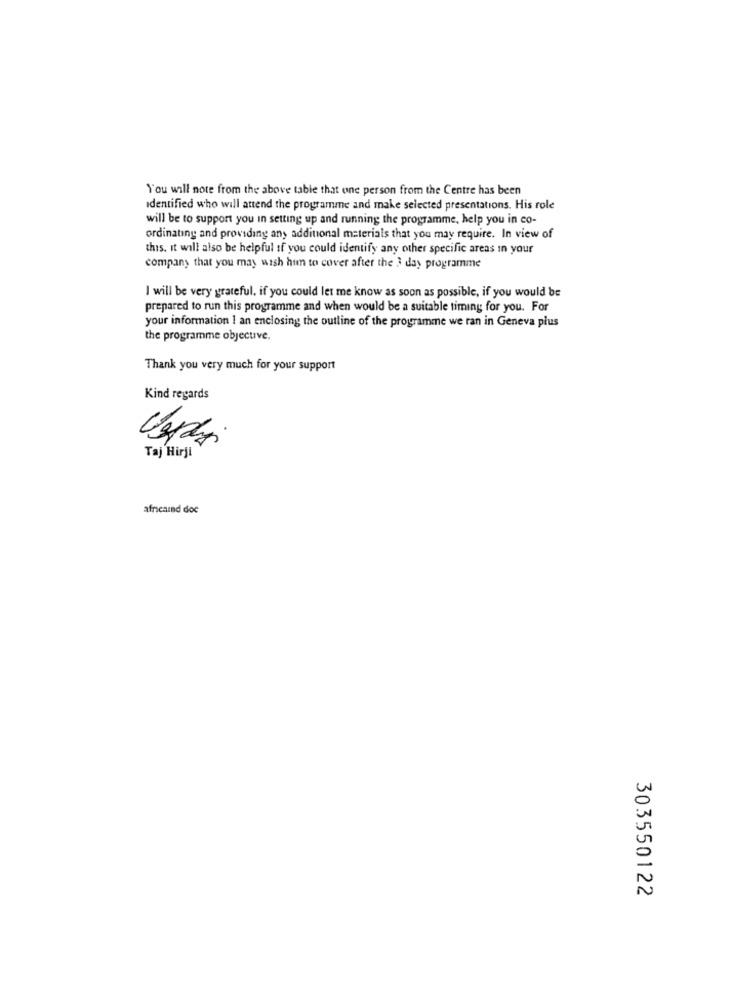
You will note from the above table that one person from the Centre has been
identified who will attend the programme and make selected presentations. His role
will be to support you in setting up and running the programme, help you in co-
ordinating and providing any additional materials that you may require. In view of
this, it will also be helpful if you could identify any other specific areas in your
company that you may wish him to cover after the 3 day programme
I will be very grateful, if you could let me know as soon as possible, if you would be
prepared to run this programme and when would be a suitable timing for you. For
your information I an enclosing the outline of the programme we ran in Geneva plus
the programme objective.
Thank you very much for your support
Kind regards
Taj Hirji
afncaind doc
303550122